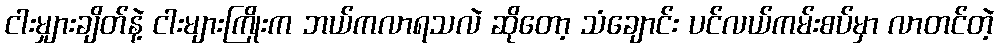
ငါးမျှားချိတ်နဲ့ ငါးများကြိုးက ဘယ်ကလာရသလဲ ဆိုတော့ သံချောင်း ပင်လယ်ကမ်းစပ်မှာ လာတင်တဲ့